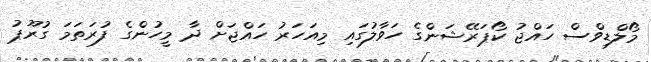
މޯލްޑިވްސް ހައްޖު ކޯޕަރޭޝަންގެ ހަވާލުގައި މިއަހަރު ހައްޖަށް ދާ މީހުންގެ ފުރަތަމަ ގުރޫޕު